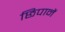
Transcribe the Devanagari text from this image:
छिपानें